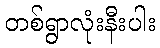
တစ်ရွာလုံးနီးပါး